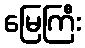
မြေကြီး